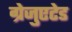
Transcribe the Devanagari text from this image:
ग्रेजुएटेड